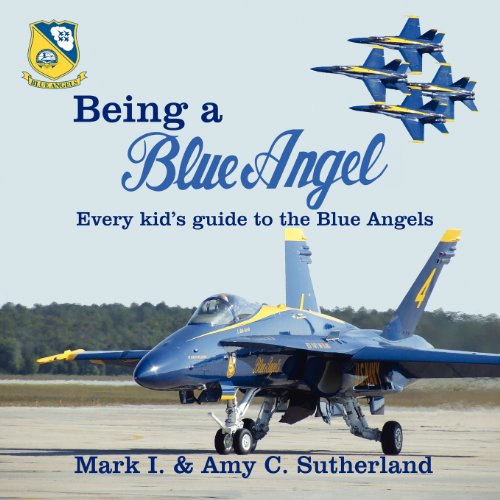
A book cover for Being a Blue Angel: Every Kid's Guide to the Blue Angels; Mark I. Sutherland; Engineering & Transportation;